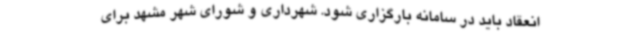
انعقاد باید در سامانه بارگزاری شود. شهرداری و شورای شهر مشهد برای